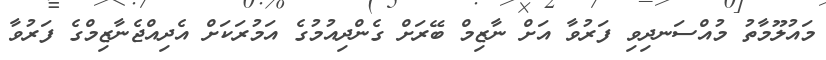
މައުލޫމާތު މުއްސަނދިވި ފަރުވާ އަށް ނާޒިމް ބޭރަށް ގެންދިއުމުގެ އަމުރަކަށް އެދިއްޖެނާޒިމްގެ ފަރުވާ